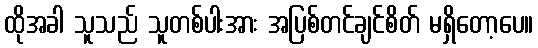
ထိုအခါ သူသည် သူတစ်ပါးအား အပြစ်တင်ချင်စိတ် မရှိတော့ပေ။